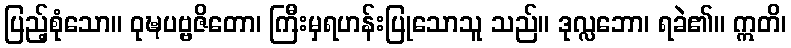
ပြည့်စုံသော။ ဝုဍ္ဎပဗ္ဗဇိတော၊ ကြီးမှရဟန်းပြုသောသူ သည်။ ဒုလ္လဘော၊ ရခဲ၏။ ဣတိ၊